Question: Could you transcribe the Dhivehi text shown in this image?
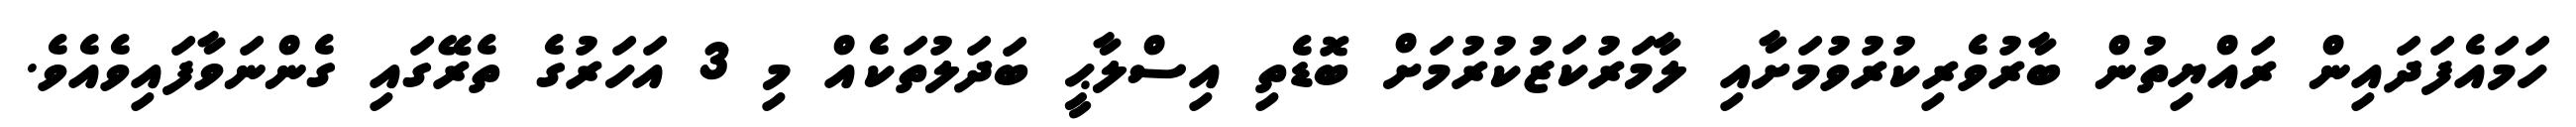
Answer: ހަމައެފަދައިން ރައްޔިތުން ބާރުވެރިކުރުވުމަށާއި ލާމަރުކަޒުކުރުމަށް ބޮޑެތި އިސްލާޙީ ބަދަލުތަކެއް މި 3 އަހަރުގެ ތެރޭގައި ގެންނަވާފައިވެއެވެ.